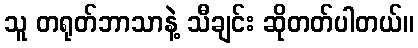
သူ တရုတ်ဘာသာနဲ့ သီချင်း ဆိုတတ်ပါတယ်။